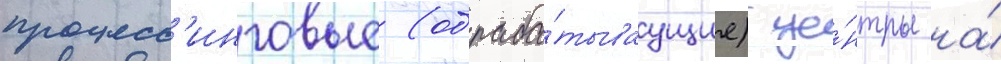
процесс'инговые (обраба́тываущие) це́нтры на́